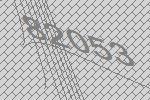
82053